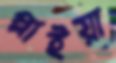
প্লাইয়া